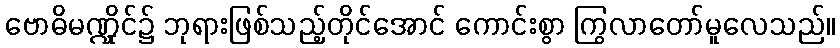
ဗောဓိမဏ္ဍိုင်၌ ဘုရားဖြစ်သည့်တိုင်အောင် ကောင်းစွာ ကြွလာတော်မူလေသည်။